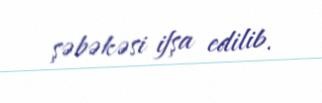
şəbəkəsi ifşa edilib.